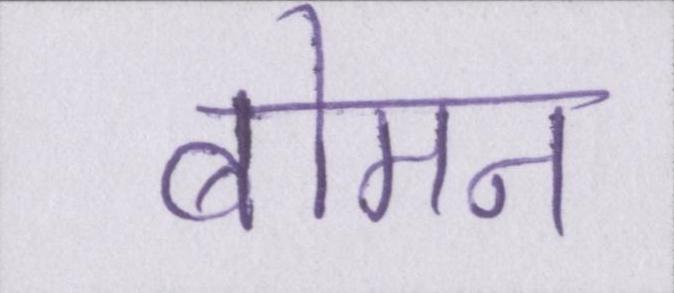
बोमन